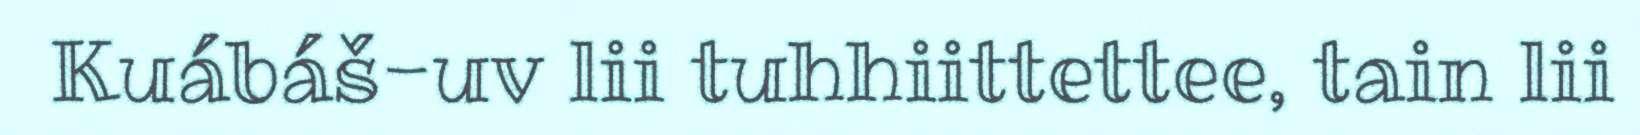
Kuábáš-uv lii tuhhiittettee, tain lii